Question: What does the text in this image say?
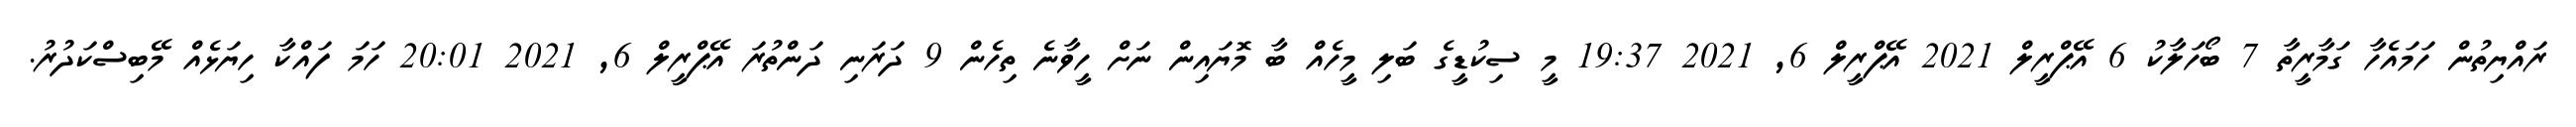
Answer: ރައްޔިތުން ހަމައެހާ ގަމާރީތާ 7 ބޯހަލާކު 6 އޭޕްރީލް 2021 އޭޕްރީލް 6, 2021 19:37 މީ ސިކުޑީގެ ބަލި މީހެއް ބާ މޮޔައިން ނަށް ހީވާނެ ތިހެން 9 ދަރަނި ދަންތުރަ އޭޕްރީލް 6, 2021 20:01 ހަމަ ފައްކާ ހިޔަޅެއް މޭބިސްކަދުރު.